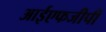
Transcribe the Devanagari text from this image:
आईएफजीपी